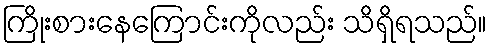
ကြိုးစားနေကြောင်းကိုလည်း သိရှိရသည်။